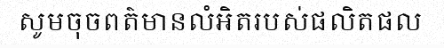
សូមចុចពត៌មានលំអិតរបស់ផលិតផល